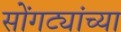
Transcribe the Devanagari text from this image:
सोंगट्यांच्या